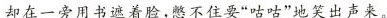
却在一旁用书遮着脸，憋不住要“咕咕”地笑出声来。